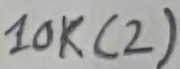
Text: 10K(2)